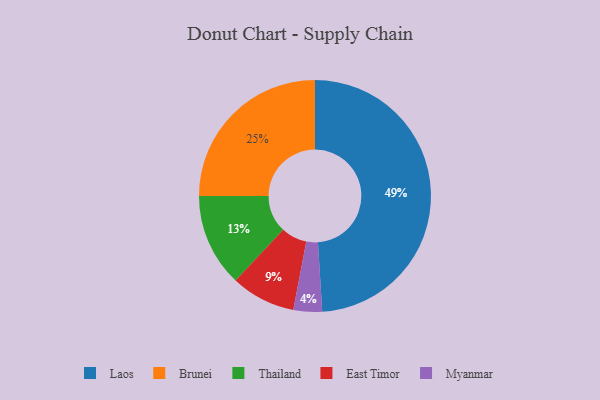
{"axis": {"x": "Category", "y": "Percentage"}, "legend": ["Brunei", "East Timor", "Laos", "Myanmar", "Thailand"], "data": [{"x": "East Timor", "y": 9, "type": "East Timor"}, {"x": "Myanmar", "y": 4, "type": "Myanmar"}, {"x": "Thailand", "y": 13, "type": "Thailand"}, {"x": "Brunei", "y": 25, "type": "Brunei"}, {"x": "Laos", "y": 49, "type": "Laos"}]}